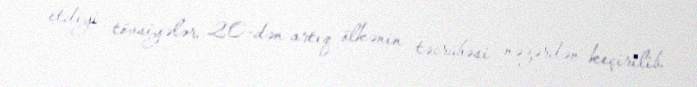
etdiyi tövsiyələr, 20-dən artıq ölkənin təcrübəsi nəzərdən keçirilib.